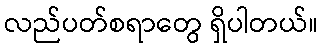
လည်ပတ်စရာတွေ ရှိပါတယ်။